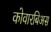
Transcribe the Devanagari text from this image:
कोवारबिअस